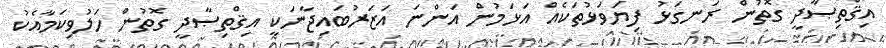
އިޤްތިޞާދީ ގޮތުން ރަނގަޅު ފިޔަވަޅުތަކެއް އަޅަމުން އަންނަ އަޒަރުބައިޖާނަކީ އިޤްތިޞާދީ ގޮތުން ހަލުވިކަމާއެކު